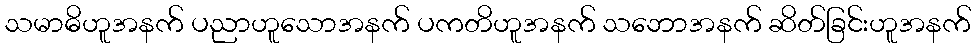
သမာဓိဟူအနက် ပညာဟူသောအနက် ပကတိဟူအနက် သဘောအနက် ဆိတ်ခြင်းဟူအနက်